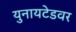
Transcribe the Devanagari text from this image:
युनायटेडवर